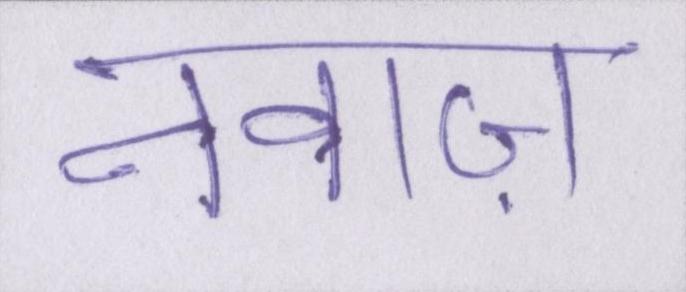
नवाज़